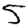
Digit: 5